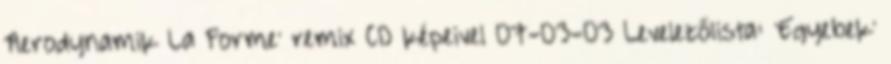
'Aerodynamik La Forme' remix CD képeivel 07-03-03 Levelezőlista: 'Egyebek'